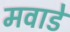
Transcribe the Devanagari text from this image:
मवाडे